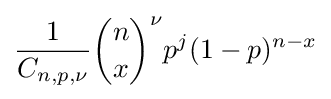
{\frac {1}{C_{n,p,\nu }}}{\binom {n}{x}}^{\nu }p^{j}(1-p)^{n-x}